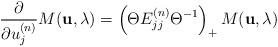
LaTeX: \begin{align*}\frac{\partial}{\partial u^{(n)}_j} M ({\bf u}, \lambda) = \left(\Theta E^{(n)}_{jj} \Theta^{-1} \right)_{+} M ({\bf u}, \lambda) \end{align*}